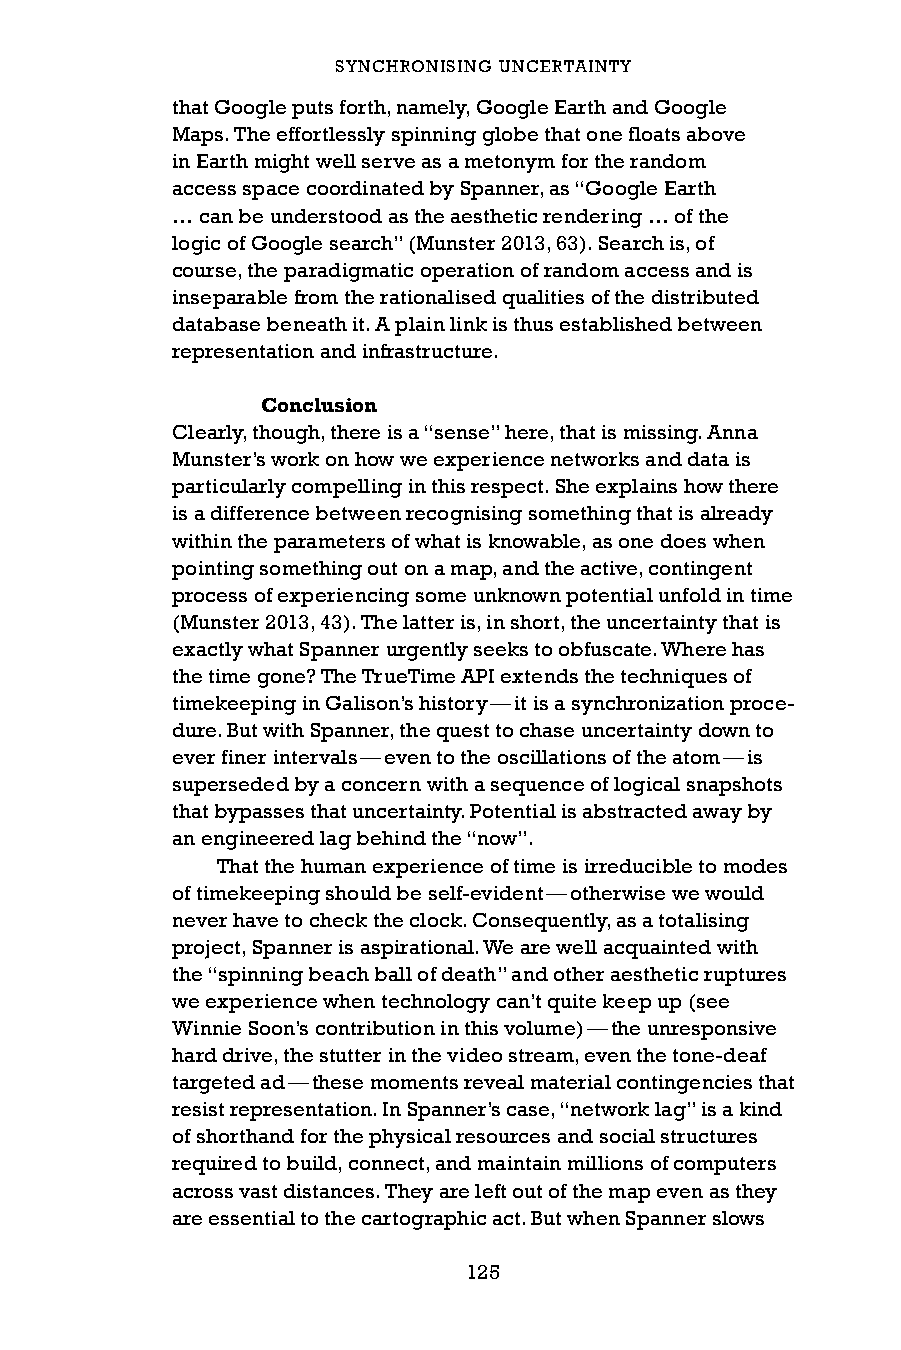
SYNCHRONISING UNCERTAINTY
 that Google puts forth, namely, Google Earth and Google
 Maps. The effortlessly spinning globe that one floats above
 in Earth might well serve as a metonym for the random
 access space coordinated by Spanner, as “Google Earth
 … can be understood as the aesthetic rendering … of the
 logic of Google search” (Munster 2013, 63). Search is, of
 course, the paradigmatic operation of random access and is
 inseparable from the rationalised qualities of the distributed
 database beneath it. A plain link is thus established between
 representation and infrastructure.
 Conclusion
 Clearly, though, there is a “sense” here, that is missing. Anna
 Munster’s work on how we experience networks and data is
 particularly compelling in this respect. She explains how there
 is a difference between recognising something that is already
 within the parameters of what is knowable, as one does when
 pointing something out on a map, and the active, contingent
 process of experiencing some unknown potential unfold in time
 (Munster 2013, 43). The latter is, in short, the uncertainty that is
 exactly what Spanner urgently seeks to obfuscate. Where has
 the time gone? The TrueTime API extends the techniques of
 timekeeping in Galison’s history — it is a synchronization proce-
 dure. But with Spanner, the quest to chase uncertainty down to
 ever finer intervals — even to the oscillations of the atom — is
 superseded by a concern with a sequence of logical snapshots
 that bypasses that uncertainty. Potential is abstracted away by
 an engineered lag behind the “now”.
 That the human experience of time is irreducible to modes
 of timekeeping should be self-evident — otherwise we would
 never have to check the clock. Consequently, as a totalising
 project, Spanner is aspirational. We are well acquainted with
 the “spinning beach ball of death” and other aesthetic ruptures
 we experience when technology can’t quite keep up (see
 Winnie Soon’s contribution in this volume) — the unresponsive
 hard drive, the stutter in the video stream, even the tone-deaf
 targeted ad — these moments reveal material contingencies that
 resist representation. In Spanner’s case, “network lag” is a kind
 of shorthand for the physical resources and social structures
 required to build, connect, and maintain millions of computers
 across vast distances. They are left out of the map even as they
 are essential to the cartographic act. But when Spanner slows
 125